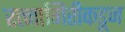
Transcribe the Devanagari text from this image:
रत्नागिरीकडून